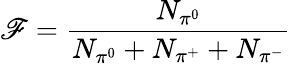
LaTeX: \mathscr{F}=\frac{{N_{\pi^{0}}}}{{N_{\pi^{0}}+N_{\pi^{+}}+N_{\pi^{-}}}}